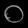
Digit: ၀